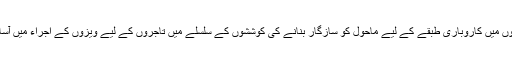
دونوں ملکوں میں کاروباری طبقے کے لیے ماحول کو سازگار بنانے کی کوششوں کے سلسلے میں تاجروں کے لیے ویزوں کے اجراء میں آسانی، واہگہ۔